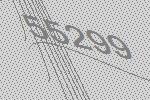
55299